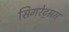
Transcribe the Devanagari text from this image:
सिगरेट्सस